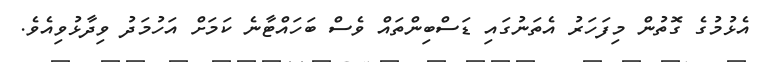
އެޅުމުގެ ގޮތުން މިފަހަރު އެތަނުގައި ޑަސްބިންތައް ވެސް ބަހައްޓާނެ ކަަމަށް އަހުމަދު ވިދާޅުވިއެވެ.